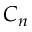
C _ { n }